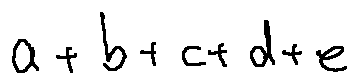
a + b + c + d + e